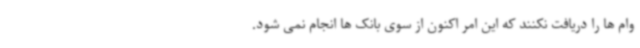
وام ها را دریافت نکنند که این امر اکنون از سوی بانک ها انجام نمی شود.